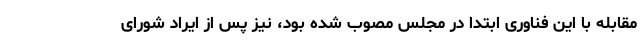
مقابله با این فناوری ابتدا در مجلس مصوب شده بود، نیز پس از ایراد شورای